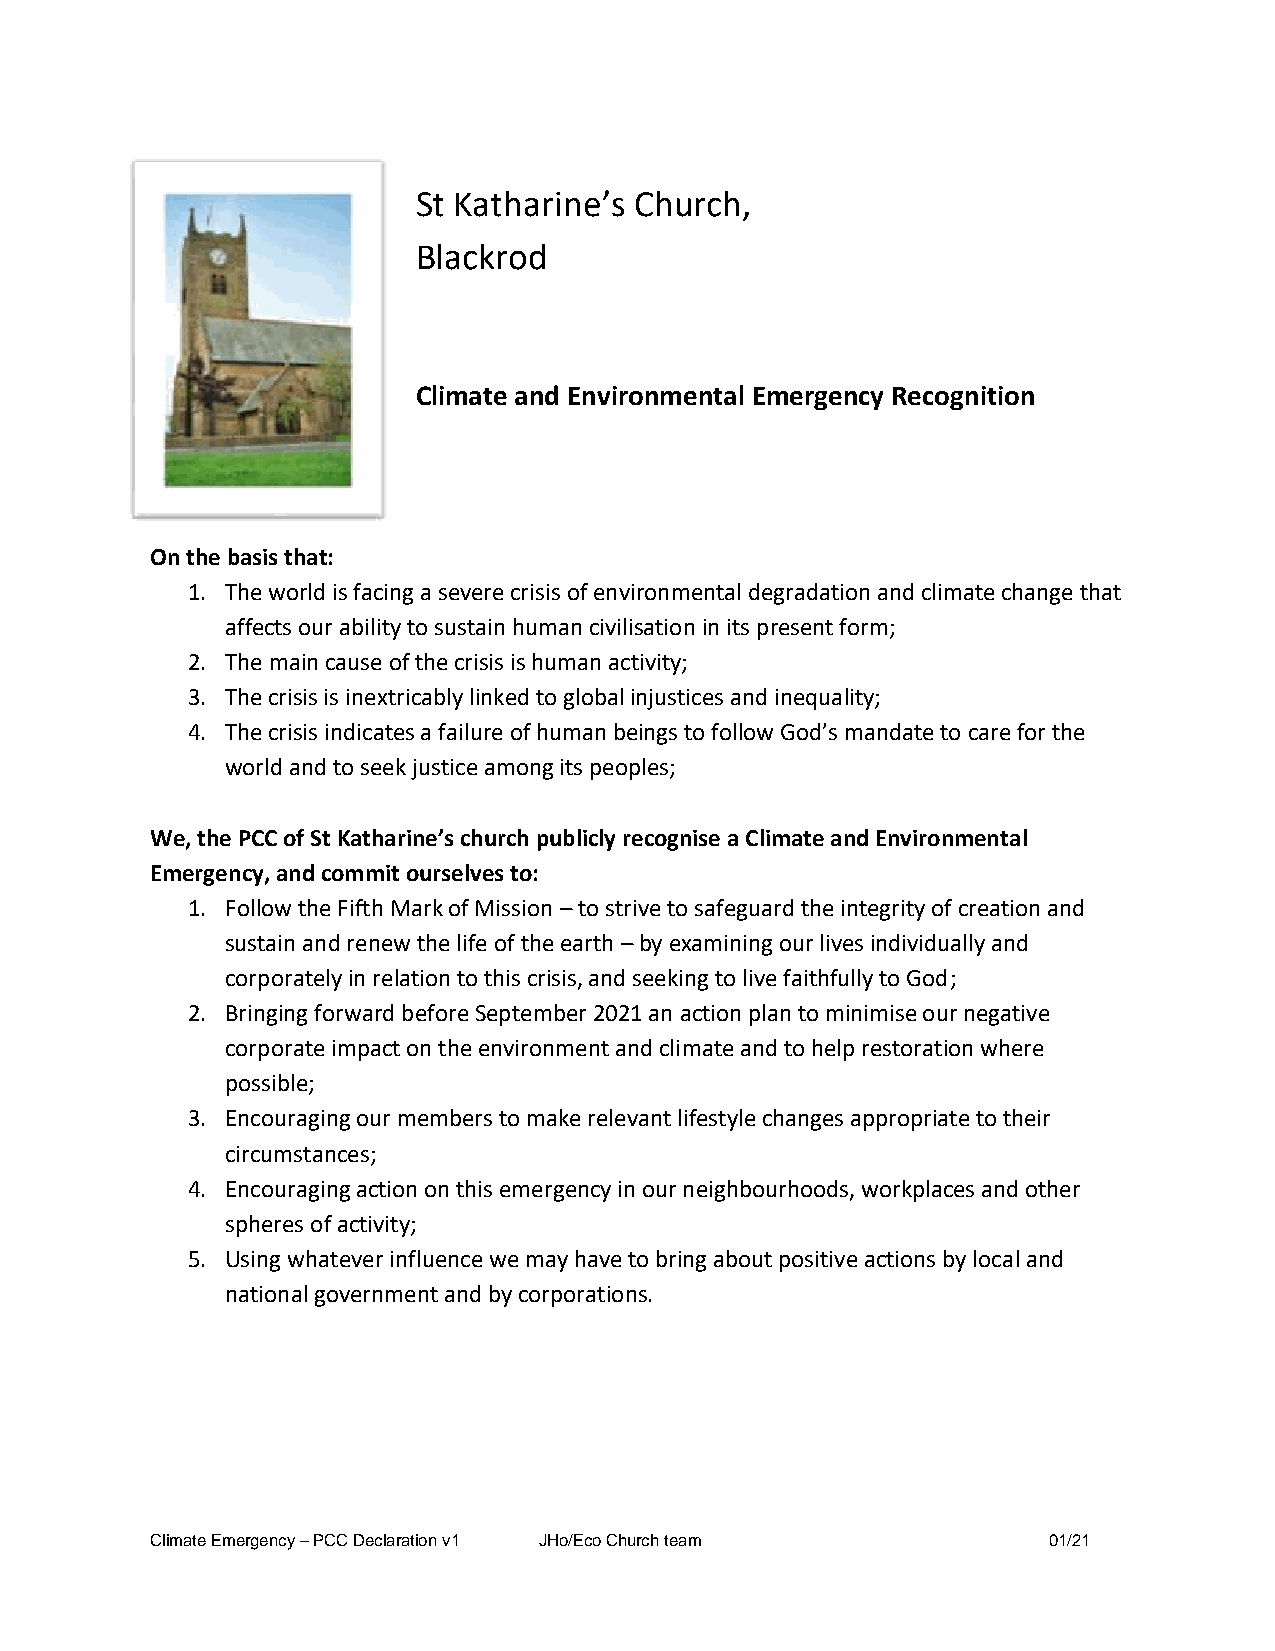
St Katharine’s Church,
 Blackrod
 Climate and Environmental Emergency Recognition
 On the basis that:
 1. The world is facing a severe crisis of environmental degradation and climate change that
 affects our ability to sustain human civilisation in its present form;
 2. The main cause of the crisis is human activity;
 3. The crisis is inextricably linked to global injustices and inequality;
 4. The crisis indicates a failure of human beings to follow God’s mandate to care for the
 world and to seek justice among its peoples;
 We, the PCC of St Katharine’s church publicly recognise a Climate and Environmental
 Emergency, and commit ourselves to:
 1. Follow the Fifth Mark of Mission – to strive to safeguard the integrity of creation and
 sustain and renew the life of the earth – by examining our lives individually and
 corporately in relation to this crisis, and seeking to live faithfully to God;
 2. Bringing forward before September 2021 an action plan to minimise our negative
 corporate impact on the environment and climate and to help restoration where
 possible;
 3. Encouraging our members to make relevant lifestyle changes appropriate to their
 circumstances;
 4. Encouraging action on this emergency in our neighbourhoods, workplaces and other
 spheres of activity;
 5. Using whatever influence we may have to bring about positive actions by local and
 national government and by corporations.
 Climate Emergency – PCC Declaration v1 JHo/Eco Church team 01/21